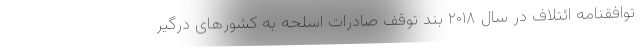
توافقنامه ائتلاف در سال ۲۰۱۸ بند توقف صادرات اسلحه به کشورهای درگیر